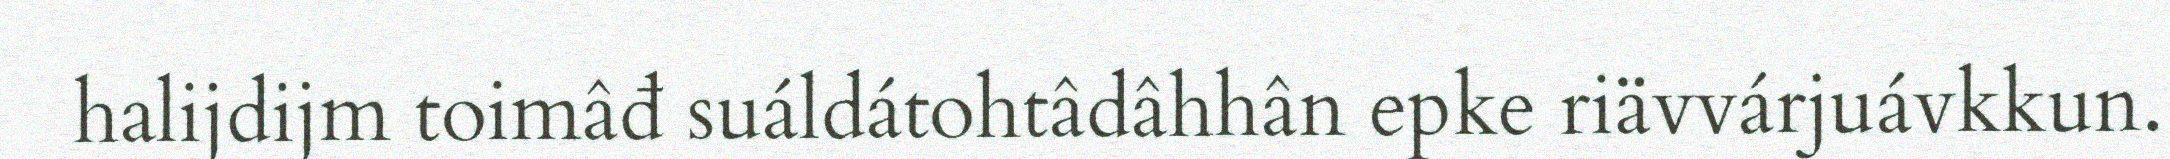
halijdijm toimâđ suáldátohtâdâhhân epke riävvárjuávkkun.